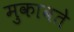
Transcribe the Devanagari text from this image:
मुकाबते